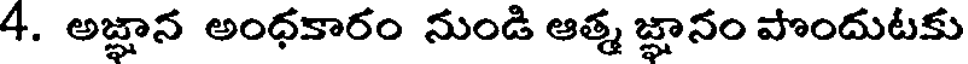
4. అజ్ఞాన అంధకారం నుండి ఆత్మ జ్ఞానం పొందుటకు